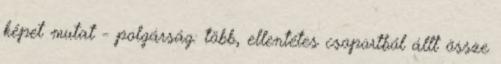
képet mutat - polgárság: több, ellentétes csoportból állt össze